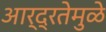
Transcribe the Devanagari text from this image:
आर्द्रतेमुळे